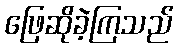
ဖြေဆိုခဲ့ကြသည်